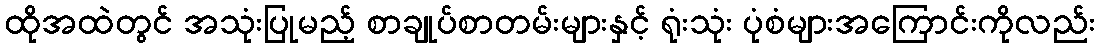
ထိုအထဲတွင် အသုံးပြုမည့် စာချုပ်စာတမ်းများနှင့် ရုံးသုံး ပုံစံများအကြောင်းကိုလည်း